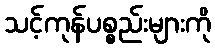
သင့်ကုန်ပစ္စည်းများကို